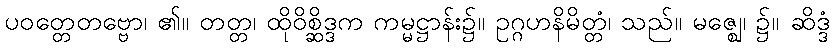
ပဝတ္တေတဗ္ဗော၊ ၏။ တတ္တ၊ ထိုဝိစ္ဆိဒ္ဒက ကမ္မဋ္ဌာန်း၌။ ဥဂ္ဂဟနိမိတ္တံ၊ သည်။ မဇ္ဈေ၊ ၌။ ဆိဒ္ဒံ